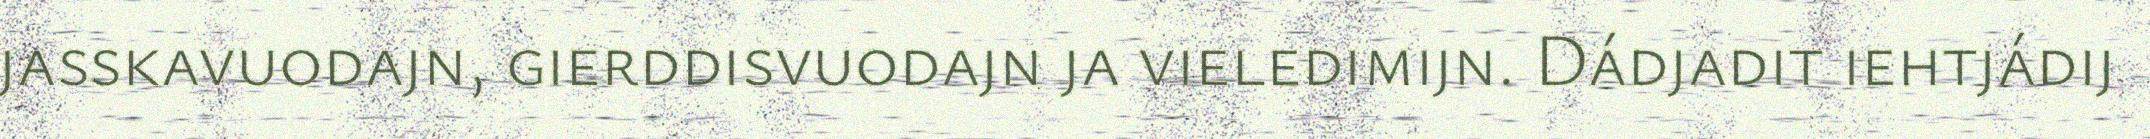
jasskavuodajn, gierddisvuodajn ja vieledimijn. Dádjadit iehtjádij